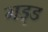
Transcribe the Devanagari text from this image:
गड्ड